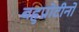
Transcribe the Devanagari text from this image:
बहुप्रोटीनों